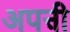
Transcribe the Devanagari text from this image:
अपऩी